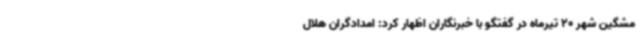
مشگین شهر 20 تیرماه در گفتگو با خبرنگاران اظهار کرد: امدادگران هلال